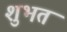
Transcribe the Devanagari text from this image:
शुभत